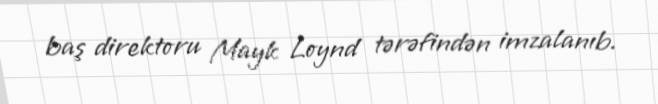
baş direktoru Mayk Loynd tərəfindən imzalanıb.